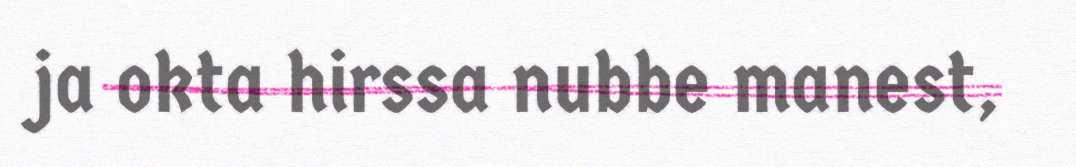
ja okta hirssa nubbe manest,